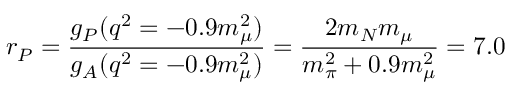
r _ { P } = { \frac { g _ { P } ( q ^ { 2 } = - 0 . 9 m _ { \mu } ^ { 2 } ) } { g _ { A } ( q ^ { 2 } = - 0 . 9 m _ { \mu } ^ { 2 } ) } } = { \frac { 2 m _ { N } m _ { \mu } } { m _ { \pi } ^ { 2 } + 0 . 9 m _ { \mu } ^ { 2 } } } = 7 . 0